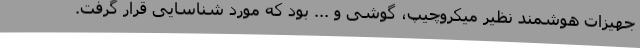
جهیزات هوشمند نظیر میکروچیپ، گوشی و ... بود که مورد شناسایی قرار گرفت.